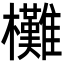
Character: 㰙